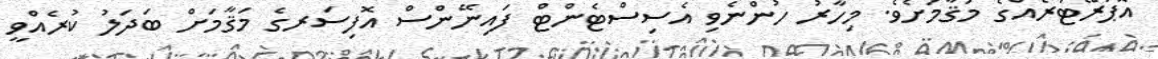
އޮޕަރޭޓަރެއްގެ މަޤާމަށެވެ. މިހާރު ހުންނެވި އެސިސްޓެންޓް ފައިނޭންސް އޮފިސަރގެ މަޤާމަށް ބަދަލު ކުރެއްވީ